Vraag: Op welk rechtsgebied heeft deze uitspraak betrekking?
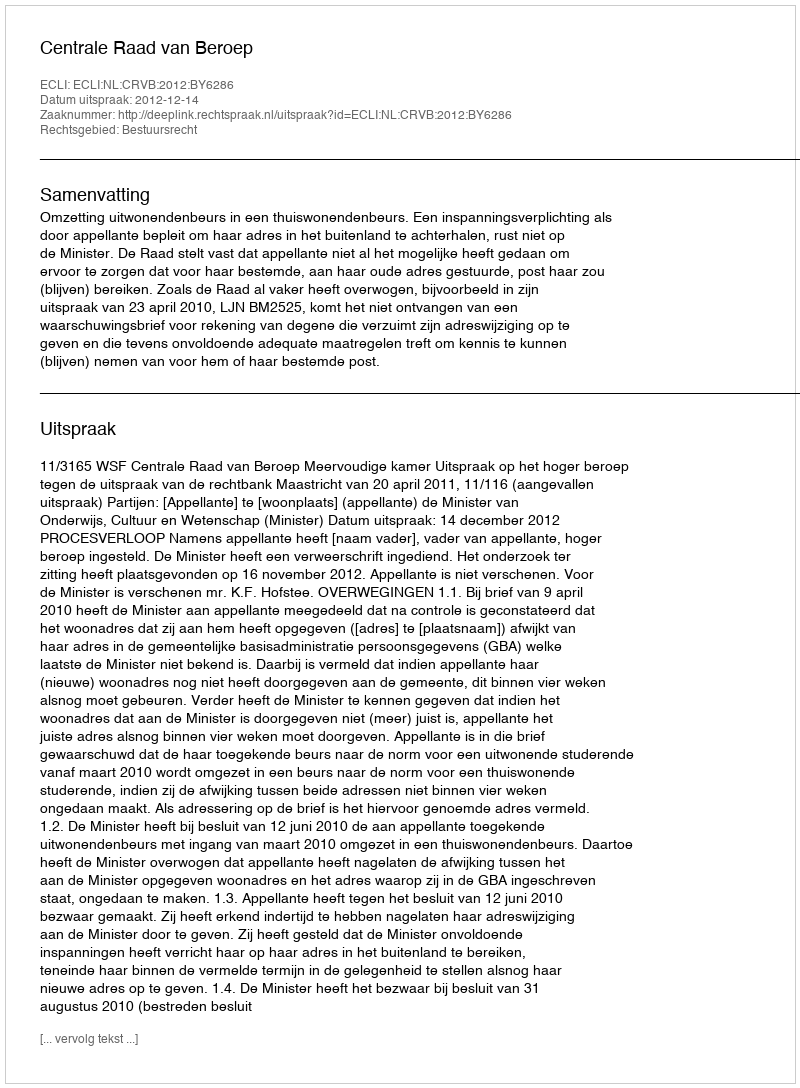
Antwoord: Bestuursrecht